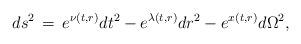
LaTeX: \begin{align*} d{{s}^{2}}\,=\,{{e}^{\nu (t,r)}}d{{t}^{2}}-{{e}^{\lambda (t,r)}}d{{r}^{2}}-{{e}^{x(t,r)}}d{{\Omega }^{2}},\end{align*}